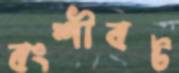
বংশীবট